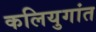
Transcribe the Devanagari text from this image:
कलियुगांत